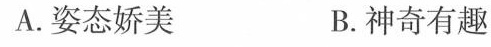
A.姿态娇美 B.神奇有趣